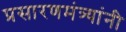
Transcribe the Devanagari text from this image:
प्रसारणमंत्र्यांनी